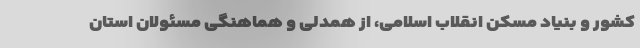
کشور و بنیاد مسکن انقلاب اسلامی، از همدلی و هماهنگی مسئولان استان